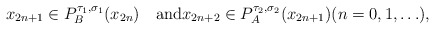
\begin{gather*}x_{2n+1}\in P_B^{\tau_1,\sigma_1}(x_{2n})\quad\mbox{and}x_{2n+2}\in P_A^{\tau_2,\sigma_2}(x_{2n+1})(n=0,1,\ldots),\end{gather*}